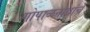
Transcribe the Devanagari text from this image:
गोपाळनाथांचे